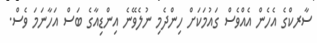
ސާރކްގެ އެހެން އެއްވެސް ގައުމަކަށް ހިންދެމި ނުލެވޭނެ އިންޑިއާގެ ބަސް އަހާނަމަ ވެސް.